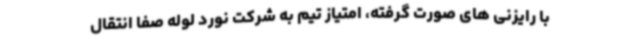
با رایزنی های صورت گرفته، امتیاز تیم به شرکت نورد لوله صفا انتقال